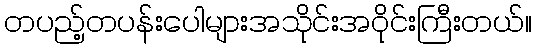
တပည့်တပန်းပေါများအသိုင်းအဝိုင်းကြီးတယ်။